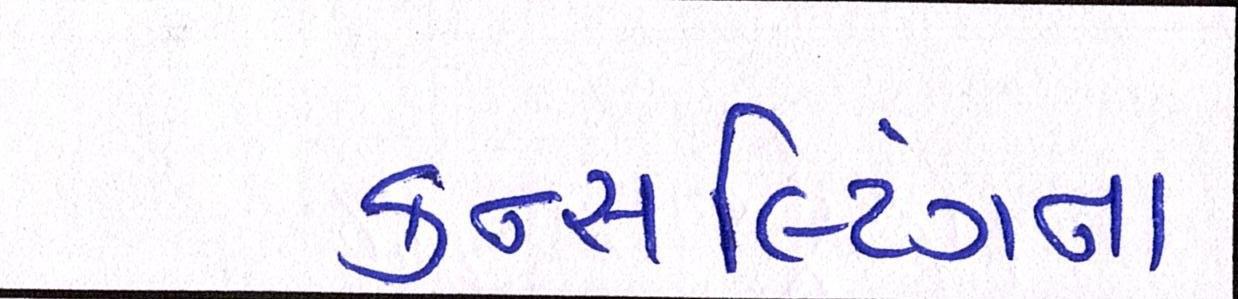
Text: કન્સલ્ટિંગના